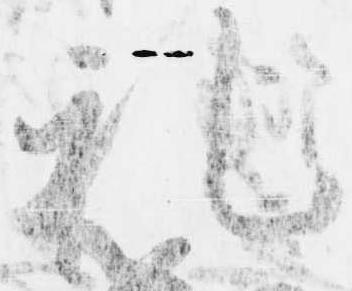
礼